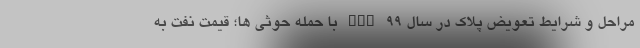
مراحل و شرایط تعویض پلاک در سال 99 nan با حمله حوثی ها؛ قیمت نفت به